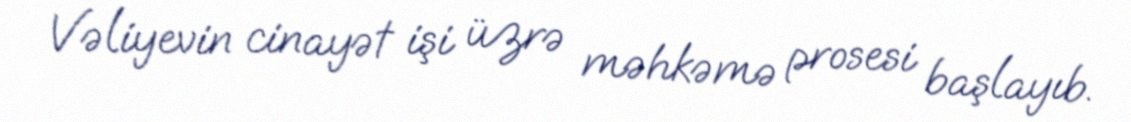
Vəliyevin cinayət işi üzrə məhkəmə prosesi başlayıb.